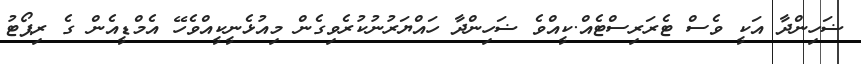
ޟަހިންދާ އަކީ ވެސް ޓެރަރިސްޓެއް.ކީއްވެ ޟަހިންދާ ހައްޔަރުނުކުރެވިގެން މިއުޅެނީކީއްވެހޭ އެމްޑީއެން ގެ ރިޕޯޓު